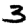
Digit: 3